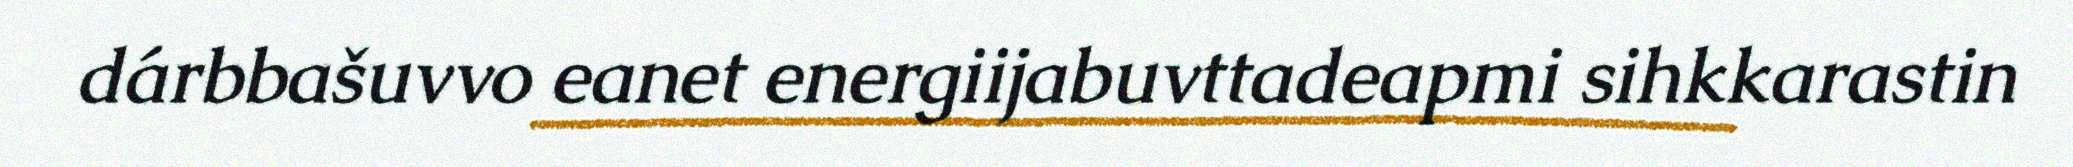
dárbbašuvvo eanet energiijabuvttadeapmi sihkkarastin